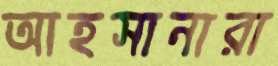
আহসানারা